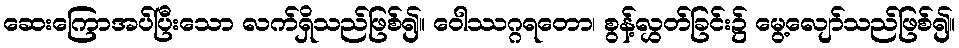
ဆေးကြောအပ်ပြီးသော လက်ရှိသည်ဖြစ်၍။ ဝေါဿဂ္ဂရတော၊ စွန့်လွှတ်ခြင်း၌ မွေ့လျော်သည်ဖြစ်၍။